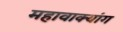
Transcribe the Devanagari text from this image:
महावाक्यांग